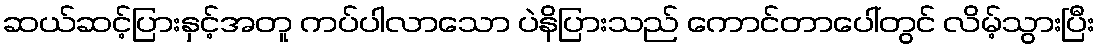
ဆယ်ဆင့်ပြားနှင့်အတူ ကပ်ပါလာသော ပဲနိပြားသည် ကောင်တာပေါ်တွင် လိမ့်သွားပြီး